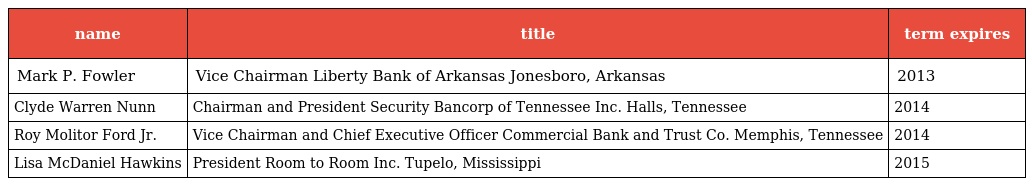
| name | title | term expires |
 | --- | --- | --- |
 | Mark P. Fowler | Vice Chairman Liberty Bank of Arkansas Jonesboro, Arkansas | 2013 |
 | Clyde Warren Nunn | Chairman and President Security Bancorp of Tennessee Inc. Halls, Tennessee | 2014 |
 | Roy Molitor Ford Jr. | Vice Chairman and Chief Executive Officer Commercial Bank and Trust Co. Memphis, Tennessee | 2014 |
 | Lisa McDaniel Hawkins | President Room to Room Inc. Tupelo, Mississippi | 2015 |